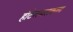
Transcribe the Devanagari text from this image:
हॉटेलमालकाला